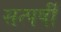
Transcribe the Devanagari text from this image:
सत्पर्षी